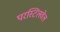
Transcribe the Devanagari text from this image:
परस्टिलवेल